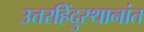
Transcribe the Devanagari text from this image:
उत्तरहिंदुस्थानांत